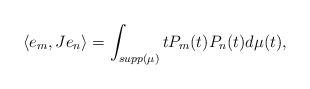
LaTeX: \begin{align*}\langle e_m,J e_n \rangle=\int_{supp(\mu)}tP_m(t)P_n(t)d\mu(t),\end{align*}